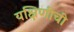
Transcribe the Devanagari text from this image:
यक्षिणींची